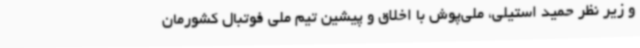
و زیر نظر حمید استیلی، ملی‌پوش با اخلاق و پیشین تیم ملی فوتبال کشورمان